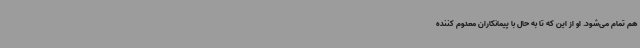
هم تمام می‌شود. او از این که تا به حال با پیمانکاران معدوم کننده